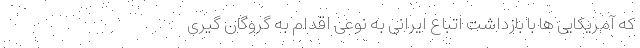
که آمریکایی ها با بازداشت اتباع ایرانی به نوعی اقدام به گروگان گیری